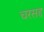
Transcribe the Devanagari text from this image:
चरसद्द